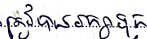
ត្រូវបានរក្សាទុក